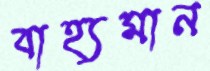
বাহ্যমান